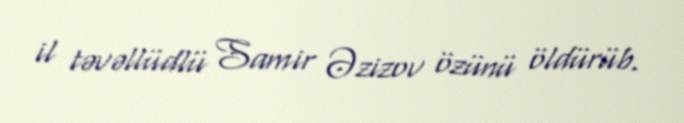
il təvəllüdlü Samir Əzizov özünü öldürüb.